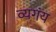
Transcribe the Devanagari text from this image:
व्यगंय